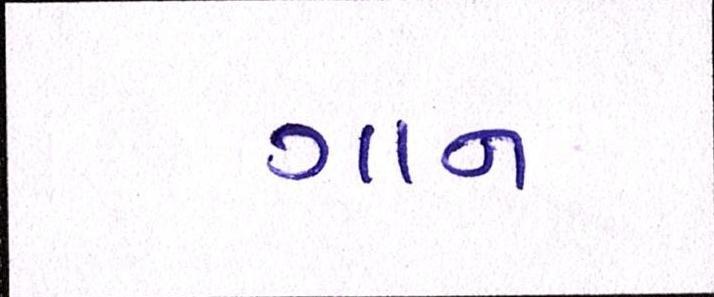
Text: ગાન